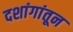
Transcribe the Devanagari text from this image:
दशांगांतून